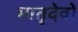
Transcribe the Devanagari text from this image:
मातृदेवो